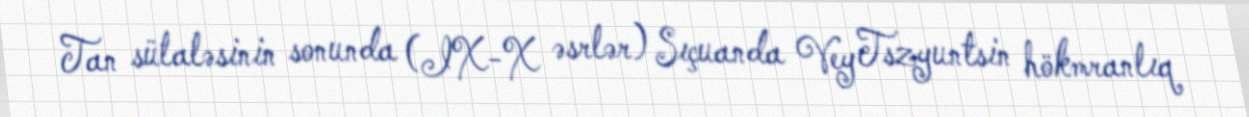
Tan sülaləsinin sonunda (IX-X əsrlər) Sıçuanda Vey Tszyuntsin hökmranlıq